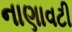
નાણાવટી